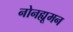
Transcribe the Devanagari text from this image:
नोनह्यूमन